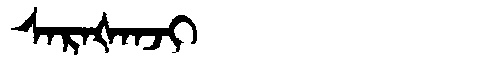
Manchu: ᠰᠠᡵᠠᡧᠠᠨᠵᡳ
Romanization: SARAŠANJI